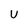
Character: U